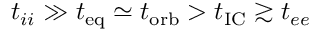
t _ { i i } \gg t _ { \mathrm { e q } } \simeq t _ { \mathrm { o r b } } > t _ { \mathrm { I C } } \gtrsim t _ { e e }